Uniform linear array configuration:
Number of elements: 8
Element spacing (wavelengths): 0.5
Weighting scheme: exponential
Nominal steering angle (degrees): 30
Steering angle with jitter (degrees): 30.726
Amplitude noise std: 0.05
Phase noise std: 0.05

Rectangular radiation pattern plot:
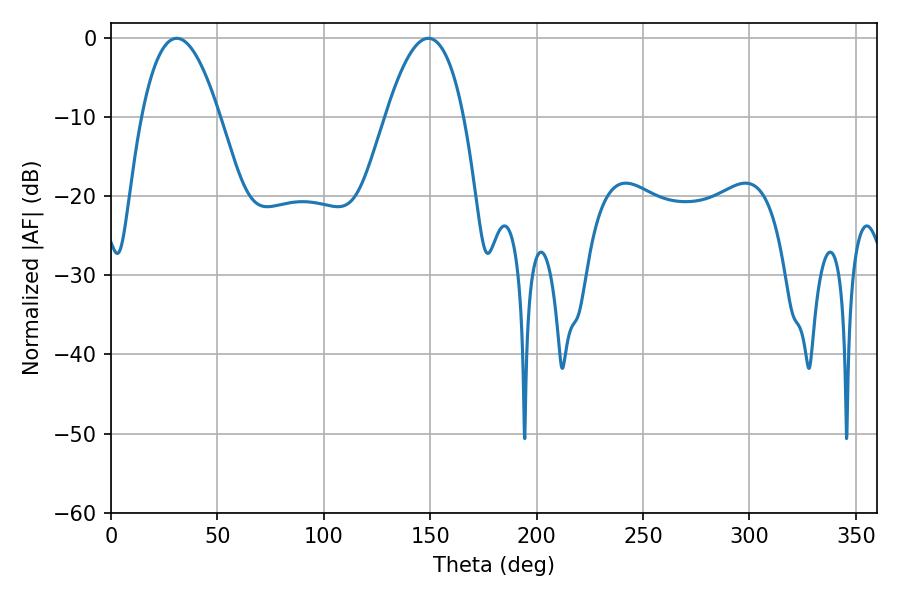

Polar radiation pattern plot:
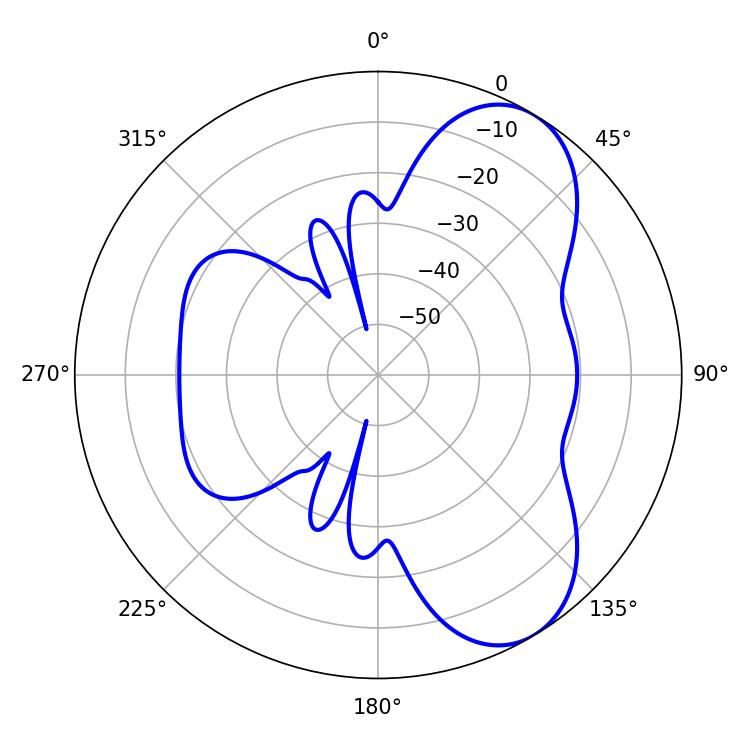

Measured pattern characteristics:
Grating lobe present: FALSE
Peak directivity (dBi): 7.075
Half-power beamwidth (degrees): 20.16
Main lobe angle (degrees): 30.96